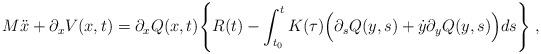
LaTeX: \begin{align*}M\ddot{x} + \partial_{x}V(x,t) =\partial_{x}Q(x,t) \Bigg\{ R(t) -\int_{t_{0}}^{t} K(\tau)\Big( \partial_{s}Q(y,s)+ \dot{y}\partial_{y}Q(y,s) \Big) ds \Bigg\} \; ,\end{align*}